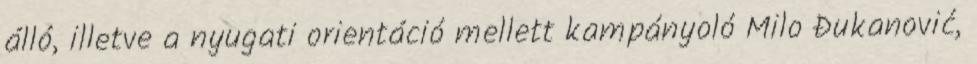
álló, illetve a nyugati orientáció mellett kampányoló Milo Đukanović,